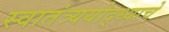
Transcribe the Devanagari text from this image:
स्वातंत्र्ययोद्‌ध्याचे